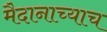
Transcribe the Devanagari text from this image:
मैदानाच्याच